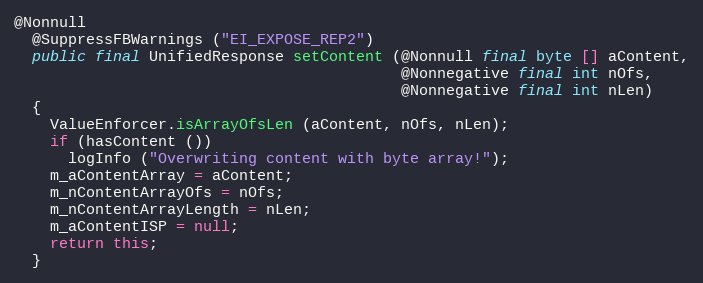
Language: Java
@Nonnull
  @SuppressFBWarnings ("EI_EXPOSE_REP2")
  public final UnifiedResponse setContent (@Nonnull final byte [] aContent,
                                           @Nonnegative final int nOfs,
                                           @Nonnegative final int nLen)
  {
    ValueEnforcer.isArrayOfsLen (aContent, nOfs, nLen);
    if (hasContent ())
      logInfo ("Overwriting content with byte array!");
    m_aContentArray = aContent;
    m_nContentArrayOfs = nOfs;
    m_nContentArrayLength = nLen;
    m_aContentISP = null;
    return this;
  }